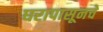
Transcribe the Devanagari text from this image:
घरापासूनचे